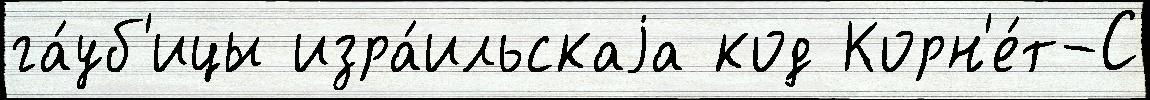
га́уб'ицы изра́ильскаjа код Корн'е́т-С